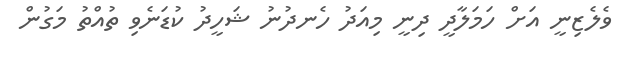
ވެލެޒިނީ އަށް ހަމަލާދީ ދިނީ މިއަދު ހެނދުނު ޝަހީދު ކުޑަނެވި ތުއްތު މަގުން